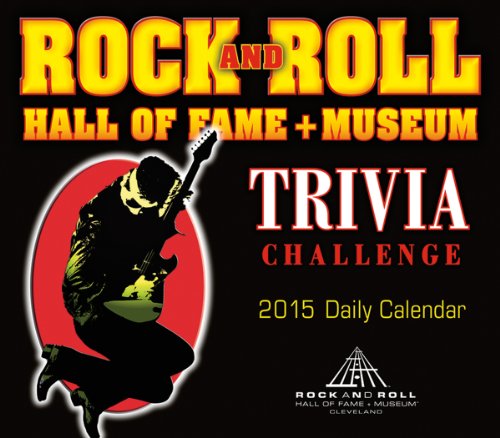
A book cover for Rock and Roll Hall of Fame & Museum Trivia Challenge 2015 Boxed Calendar; The Rock and Roll Hall of Fame & Museum; Calendars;